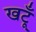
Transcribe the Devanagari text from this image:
खटूँ